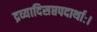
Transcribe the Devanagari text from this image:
द्रव्यादिसप्तपदार्थाः।